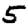
Digit: 5